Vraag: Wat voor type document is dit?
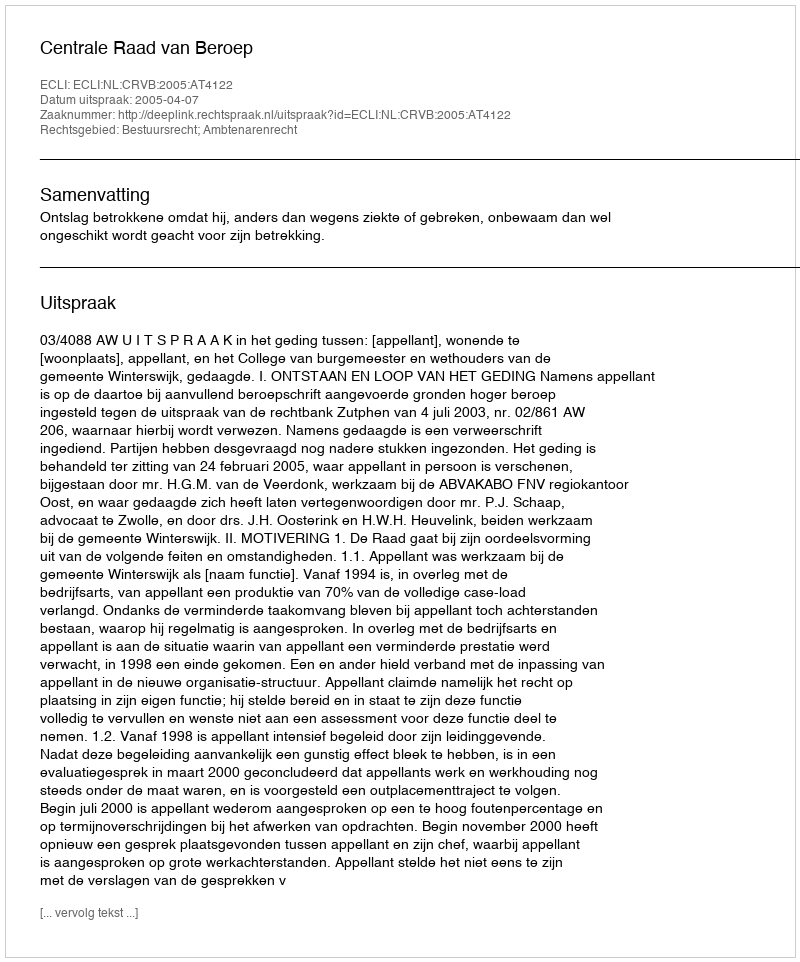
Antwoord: Uitspraak